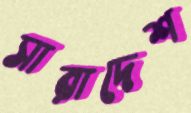
সারাদেশ